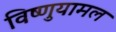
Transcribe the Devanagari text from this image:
विष्णुयामल